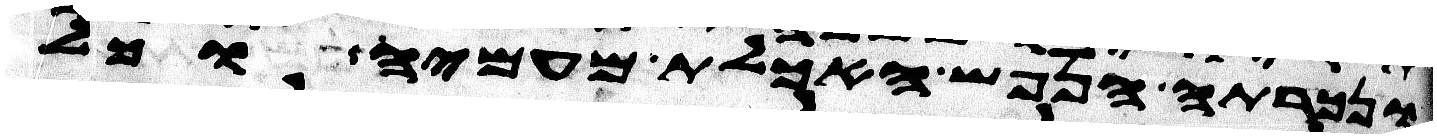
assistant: ונכרתה הנפש האכלת מעמיה וכל